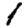
Digit: 1